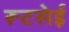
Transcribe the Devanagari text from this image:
रूटसेई